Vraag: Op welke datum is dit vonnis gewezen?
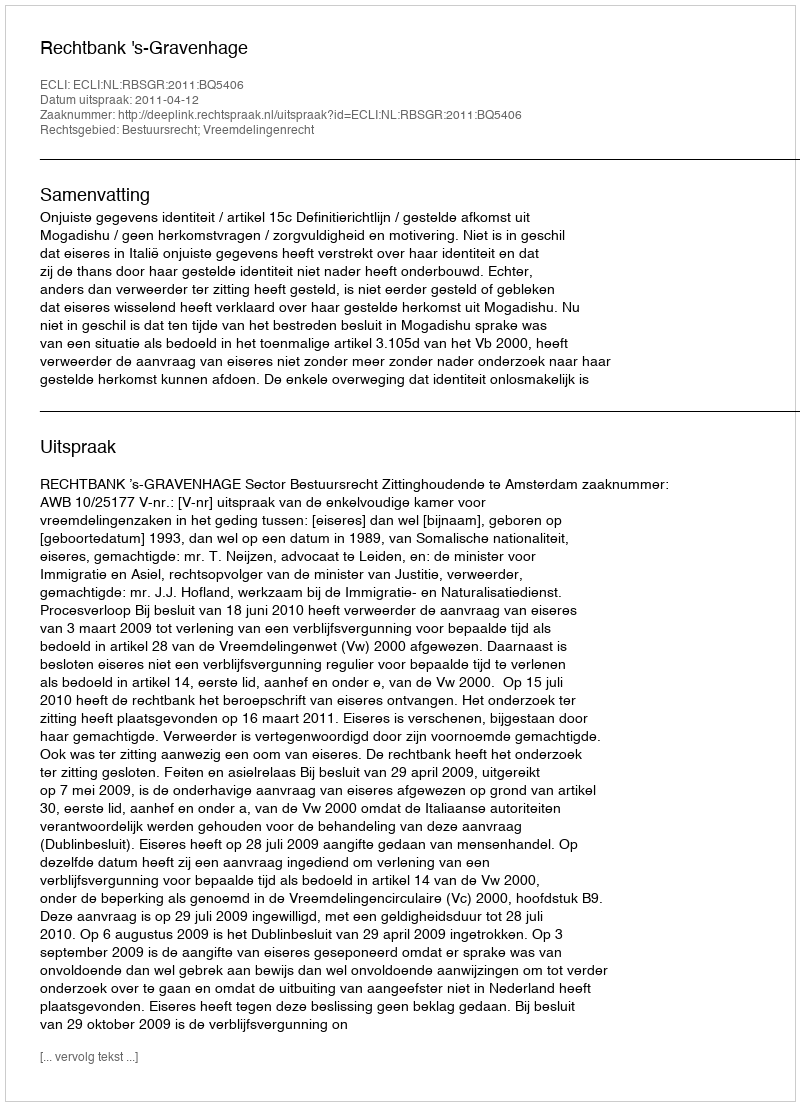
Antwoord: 2011-04-12